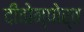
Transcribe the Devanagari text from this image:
दीवोन्पोर्त